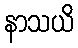
နာသယိ